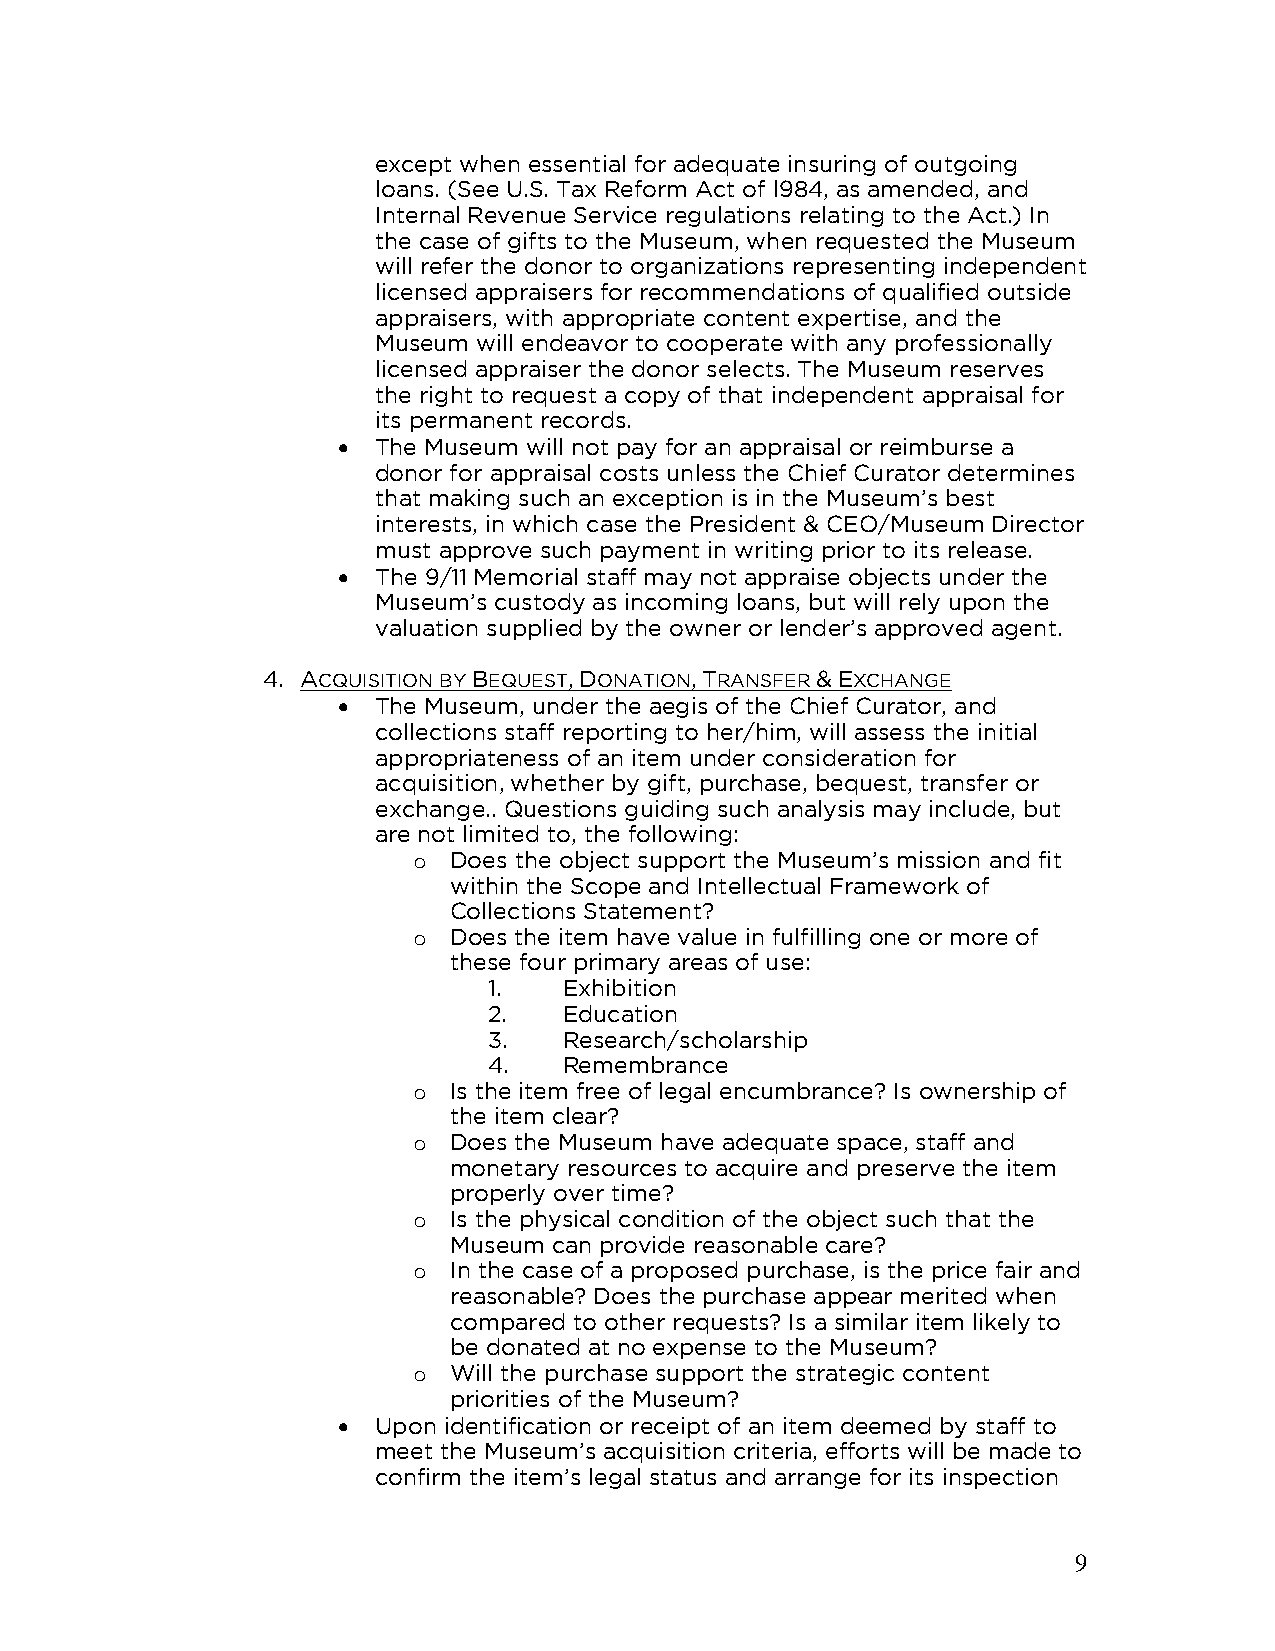
except when essential for adequate insuring of outgoing
 loans. (See U.S. Tax Reform Act of l984, as amended, and
 Internal Revenue Service regulations relating to the Act.) In
 the case of gifts to the Museum, when requested the Museum
 will refer the donor to organizations representing independent
 licensed appraisers for recommendations of qualified outside
 appraisers, with appropriate content expertise, and the
 Museum will endeavor to cooperate with any professionally
 licensed appraiser the donor selects. The Museum reserves
 the right to request a copy of that independent appraisal for
 its permanent records.
 •  The Museum will not pay for an appraisal or reimburse a
 donor for appraisal costs unless the Chief Curator determines
 that making such an exception is in the Museum’s best
 interests, in which case the President & CEO/Museum Director
 must approve such payment in writing prior to its release.
 •  The 9/11 Memorial staff may not appraise objects under the
 Museum’s custody as incoming loans, but will rely upon the
 valuation supplied by the owner or lender’s approved agent.
 4. ACQUISITION BY BEQUEST, DONATION, TRANSFER & EXCHANGE
 •  The Museum, under the aegis of the Chief Curator, and
 collections staff reporting to her/him, will assess the initial
 appropriateness of an item under consideration for
 acquisition, whether by gift, purchase, bequest, transfer or
 exchange.. Questions guiding such analysis may include, but
 are not limited to, the following:
 o  Does the object support the Museum’s mission and fit
 within the Scope and Intellectual Framework of
 Collections Statement?
 o  Does the item have value in fulfilling one or more of
 these four primary areas of use:
 1.   Exhibition
 2.   Education
 3.   Research/scholarship
 4.   Remembrance
 o  Is the item free of legal encumbrance? Is ownership of
 the item clear?
 o  Does the Museum have adequate space, staff and
 monetary resources to acquire and preserve the item
 properly over time?
 o  Is the physical condition of the object such that the
 Museum can provide reasonable care?
 o  In the case of a proposed purchase, is the price fair and
 reasonable? Does the purchase appear merited when
 compared to other requests? Is a similar item likely to
 be donated at no expense to the Museum?
 o  Will the purchase support the strategic content
 priorities of the Museum?
 •  Upon identification or receipt of an item deemed by staff to
 meet the Museum’s acquisition criteria, efforts will be made to
 confirm the item’s legal status and arrange for its inspection
 9